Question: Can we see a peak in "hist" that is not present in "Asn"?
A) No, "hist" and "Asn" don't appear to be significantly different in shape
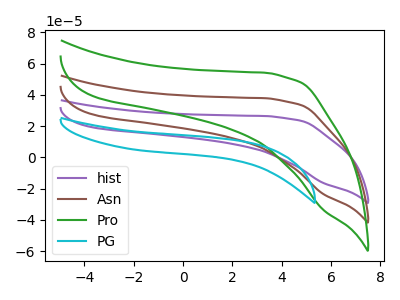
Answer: <think>The purple curve "hist" has no peaks. The brown curve "Asn" has no peaks. The green curve "Pro" has no peaks. The cyan curve "PG" has no peaks.
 Neither "hist" or "Asn" have any peaks.</think>
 <answer>A) No, "hist" and "Asn" don't appear to be significantly different in shape</answer>
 <eval>A</eval>